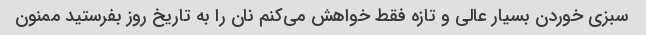
سبزی خوردن بسیار عالی و تازه فقط خواهش می‌کنم نان را به تاریخ روز بفرستید ممنون